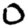
Digit: 0